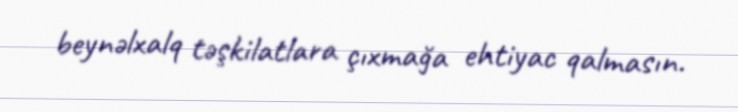
beynəlxalq təşkilatlara çıxmağa ehtiyac qalmasın.